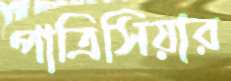
পাত্রিসিয়ার